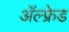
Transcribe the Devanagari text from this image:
अॅल्फ्रेड